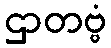
ဌာတဗ္ဗံ